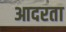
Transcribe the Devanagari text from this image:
आदरता